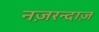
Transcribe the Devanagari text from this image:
नज़रन्दाज़